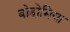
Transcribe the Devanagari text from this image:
बोहोमिया